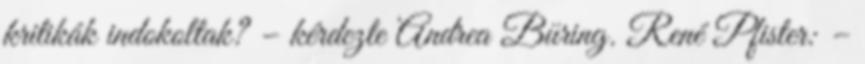
kritikák indokoltak? – kérdezte Andrea Büring. René Pfister: –